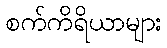
စက်ကိရိယာများ